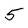
Character: 5